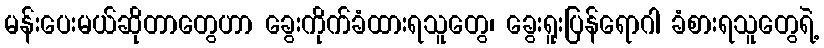
မန်းပေးမယ်ဆိုတာတွေဟာ ခွေးကိုက်ခံထားရသူတွေ၊ ခွေးရူးပြန်ရောဂါ ခံစားရသူတွေရဲ့